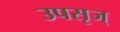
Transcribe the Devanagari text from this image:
उपसृज्